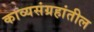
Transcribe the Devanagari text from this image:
काव्यसंग्रहांतील